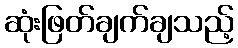
ဆုံးဖြတ်ချက်ချသည့်